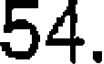
54.